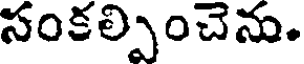
సంకల్పించెను.